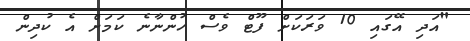
"އަދި އޭގައި 10 ވަރަކަށް ފޫޓް ވެސް ހުންނާނެ ކަމަށް އެ ކުދިން